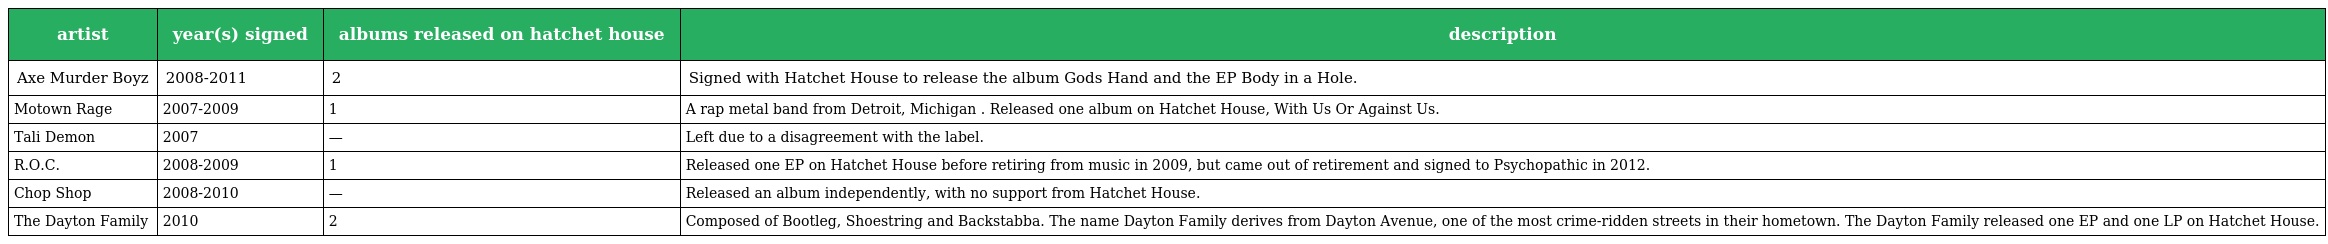
| artist | year(s) signed | albums released on hatchet house | description |
 | --- | --- | --- | --- |
 | Axe Murder Boyz | 2008-2011 | 2 | Signed with Hatchet House to release the album Gods Hand and the EP Body in a Hole. |
 | Motown Rage | 2007-2009 | 1 | A rap metal band from Detroit, Michigan . Released one album on Hatchet House, With Us Or Against Us. |
 | Tali Demon | 2007 | — | Left due to a disagreement with the label. |
 | R.O.C. | 2008-2009 | 1 | Released one EP on Hatchet House before retiring from music in 2009, but came out of retirement and signed to Psychopathic in 2012. |
 | Chop Shop | 2008-2010 | — | Released an album independently, with no support from Hatchet House. |
 | The Dayton Family | 2010 | 2 | Composed of Bootleg, Shoestring and Backstabba. The name Dayton Family derives from Dayton Avenue, one of the most crime-ridden streets in their hometown. The Dayton Family released one EP and one LP on Hatchet House. |